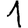
Digit: 1